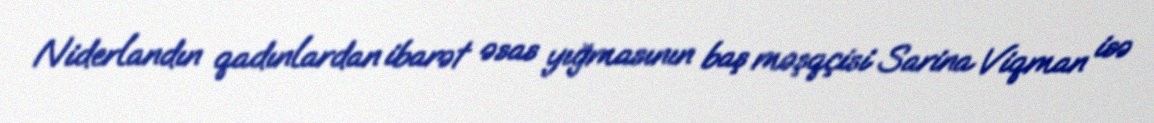
Niderlandın qadınlardan ibarət əsas yığmasının baş məşqçisi Sarina Viqman isə